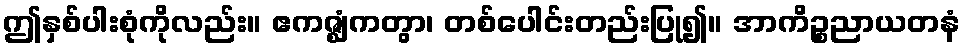
ဤနှစ်ပါးစုံကိုလည်း။ ဧကဇ္ဈံကတွာ၊ တစ်ပေါင်းတည်းပြု၍။ အာကိဉ္စညာယတနံ